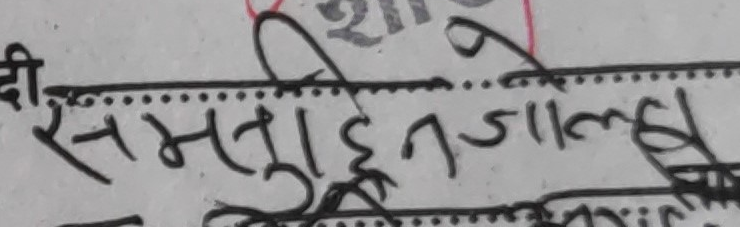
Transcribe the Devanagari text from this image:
समतुईनजाल्ह